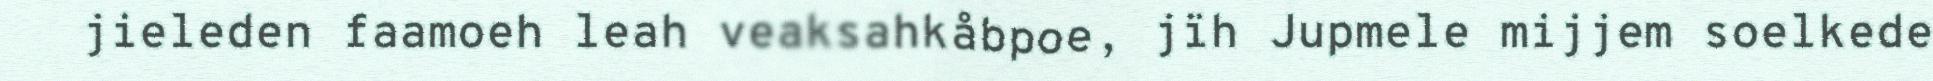
jieleden faamoeh leah veaksahkåbpoe, jïh Jupmele mijjem soelkede